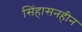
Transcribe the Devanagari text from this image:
सिंहासनहीन